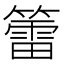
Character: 𥵉